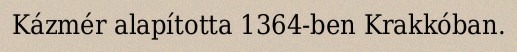
Kázmér alapította 1364-ben Krakkóban.